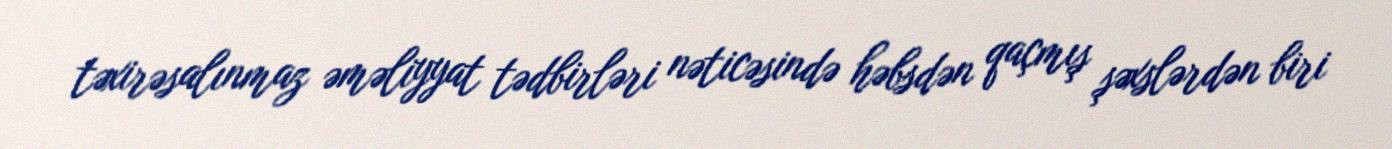
təxirəsalınmaz əməliyyat tədbirləri nəticəsində həbsdən qaçmış şəxslərdən biri